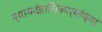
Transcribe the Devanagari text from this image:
न्यायदंडाधिकार्‍यांच्या